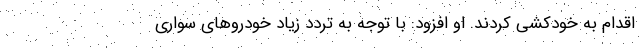
اقدام به خودکشی کردند. او افزود: با توجه به تردد زیاد خودروهای سواری